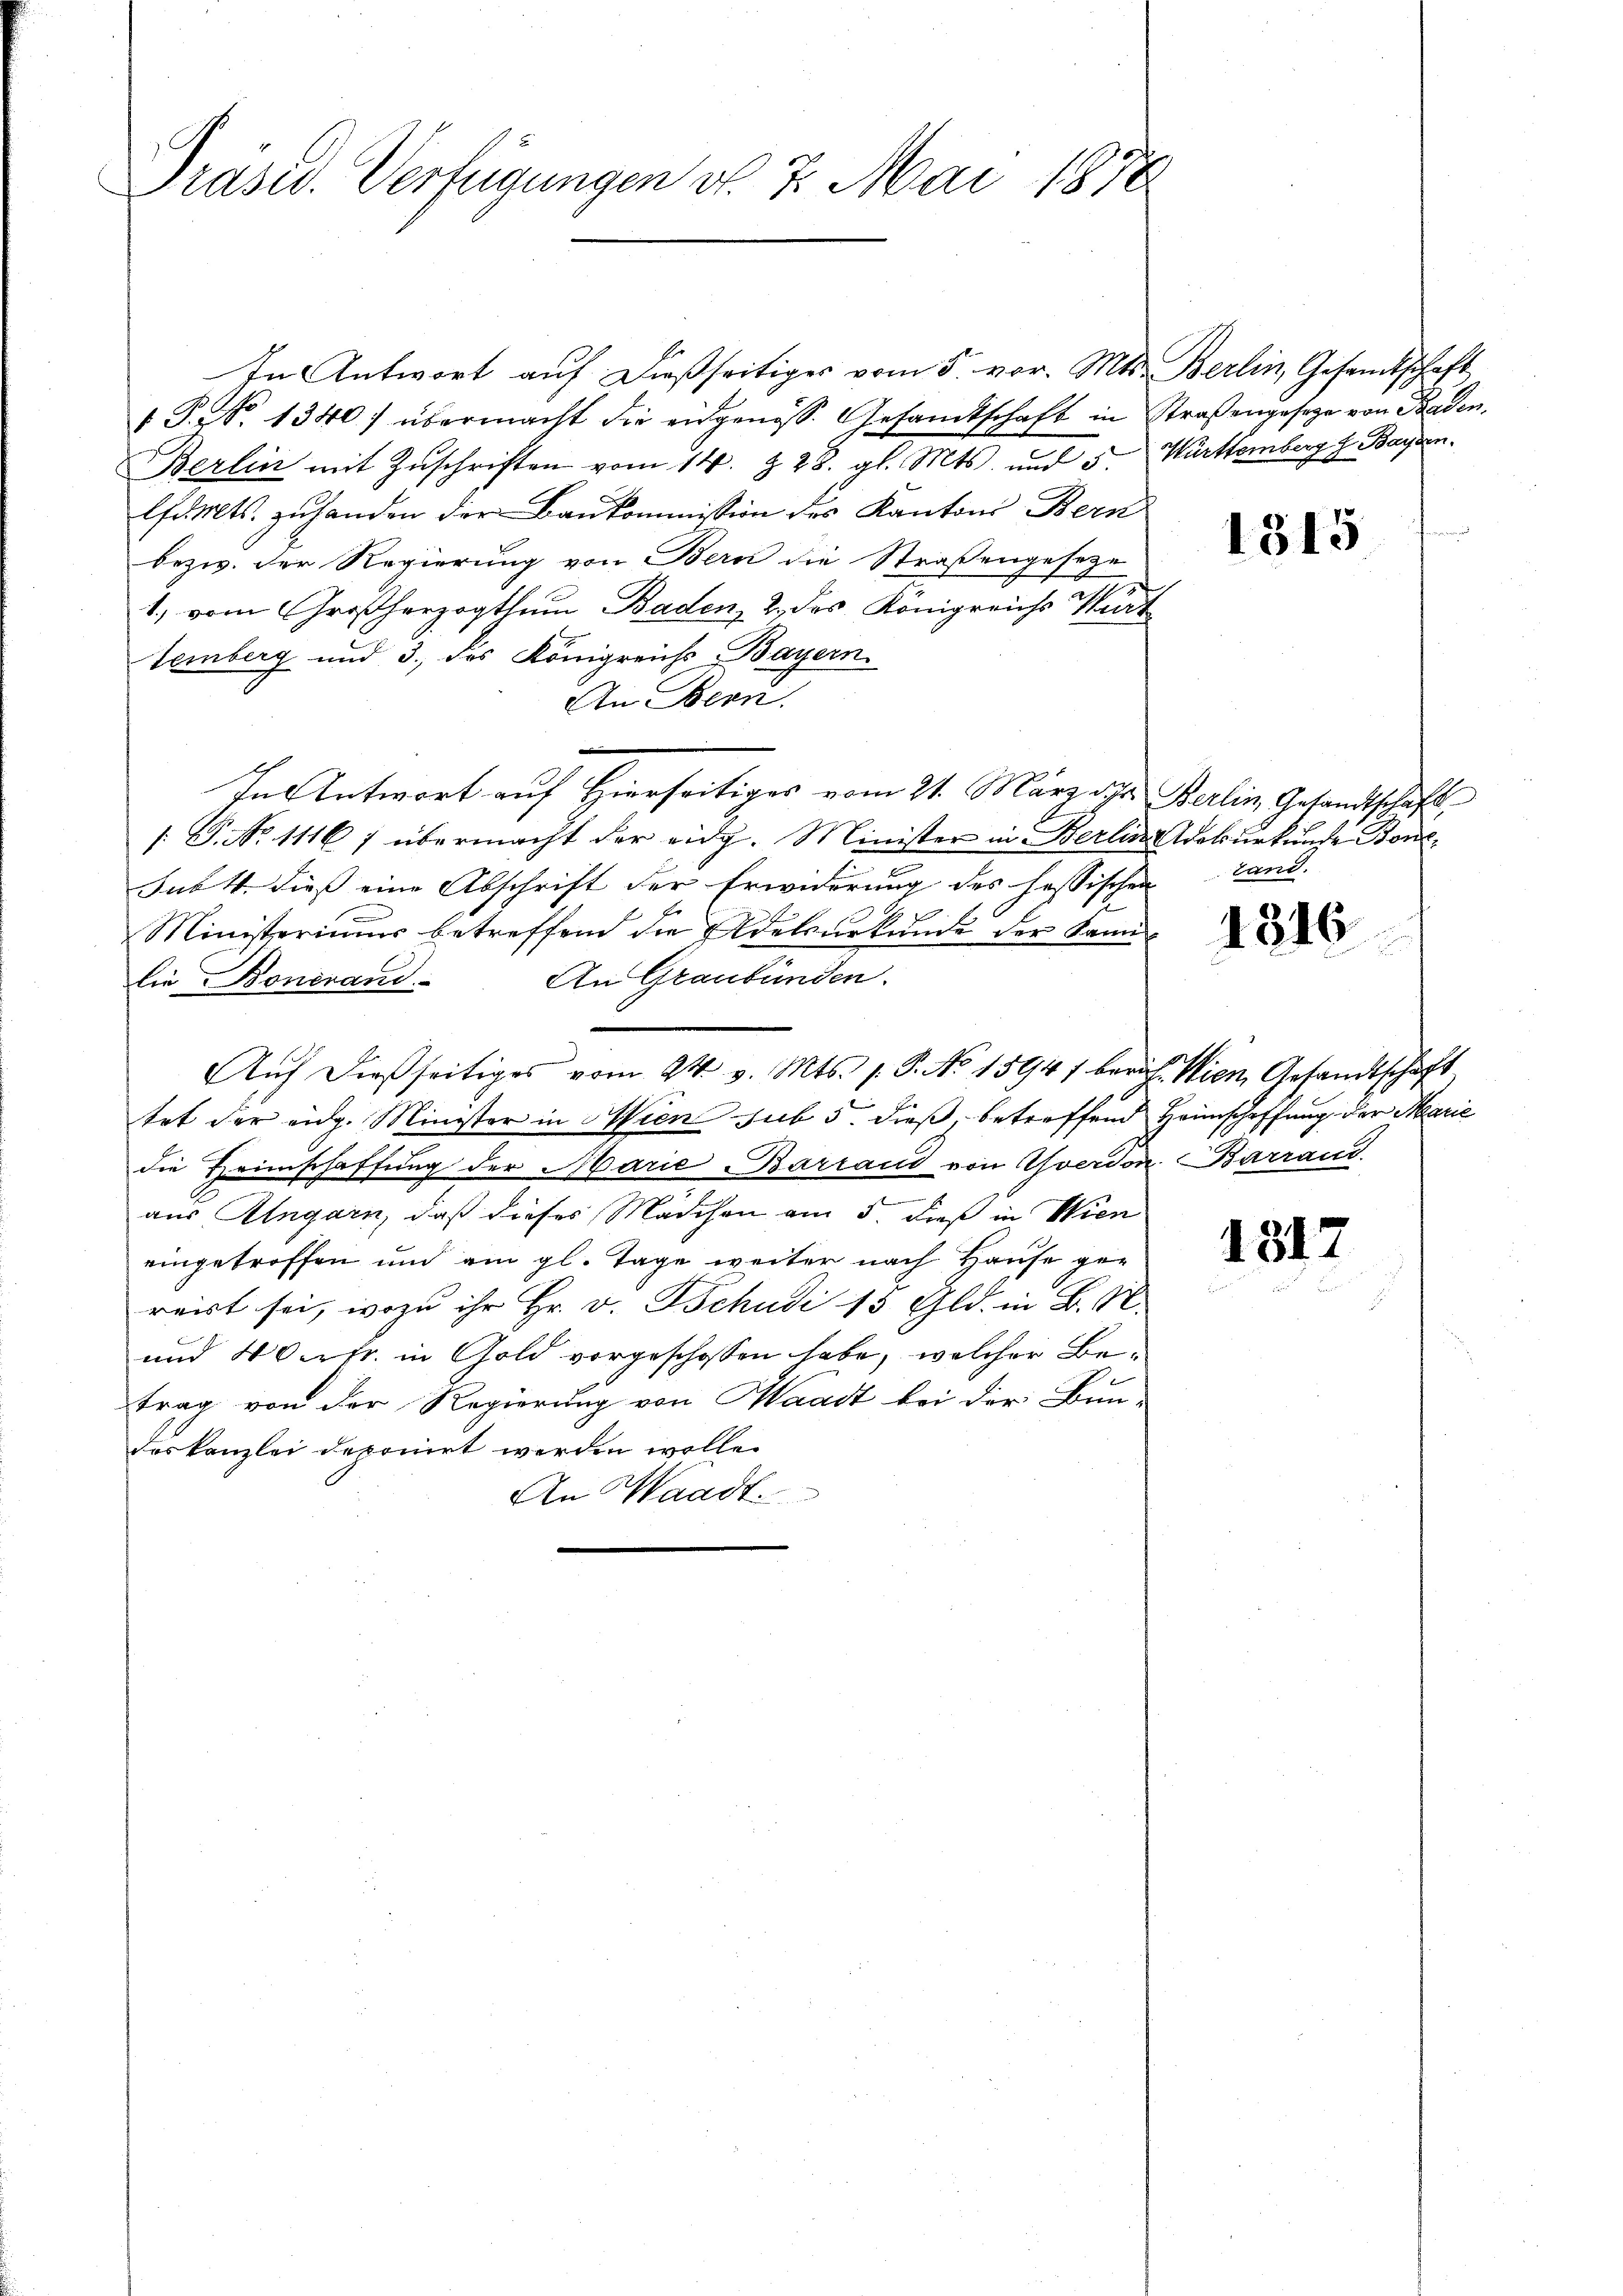
Präsid. Verfügungen d. 7. Mai 1870

In Antwort auf dießseitiges vom 5. vor. Mts. Berlin, Gesamtschaft
 P. Nr. 1340) übermacht die eidgenöss. Gesandtschaft in
Berlin mit Zŭschriften vom 14. §. 28. gl. Mts. und 5.
B
lfd. Mts. zuhanden der Baukommission des Kantons Bern
bezw. der Regierung von Bern die Straßengeseze
1., vom Großherzogthum Baden, 2. des Königreichs Würt
temberg und 3. des Königreichs-Bayern.
An Bern.
In Antwort auf Hierseitiges vom 21. März die Berlin Gesandtschaft
/: P. Nr. 1116 f übermacht der eidg. Minister in Berlin-Adoburkunde Bon¬
Sub. 4. dieß eine Abschrift der Erwiderung des hassischen Land.
Ministeriums betreffend die Adelsurkunde der Sani-
An Graubünden.
lie Bonerand.
Aŭf dießseitiges vom 24. v. Mts. s. S. No 1594/ beruft. Wien, Gesandtschaft
tet der eidg. Minister in Wien sub 5. dieß, betreffend Heimschaffung der Marie
die Heimschaffung der Marie Barrand von Yverdon Barrand
.
aus Ungarn, daß dieses Mädchen am 5. daß in Wien
eingetroffen und am gl. Tage weiter nach Hause gereist sei, wozu ihr Hr. v. Tschudi 15 Gld. in B. N.
und 4 Vertr. in Gold vorgeschossen habe, welcher Betrag von der Regierung von Waadt bei der Bun-
deskanzlei deponirt werden wolle.
An Waadt

Straßengesage von Baden.
Württemberg f Bassen.

1315

1316

1317